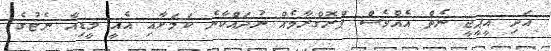
އަދި އީޕީޖީ ނެތް އެއްވެސް ޕްރޮގްރާމެއް ނުދައްކާނެ ކަމަށާއި އެއީ މީޑިއާ ނެޓުގެ